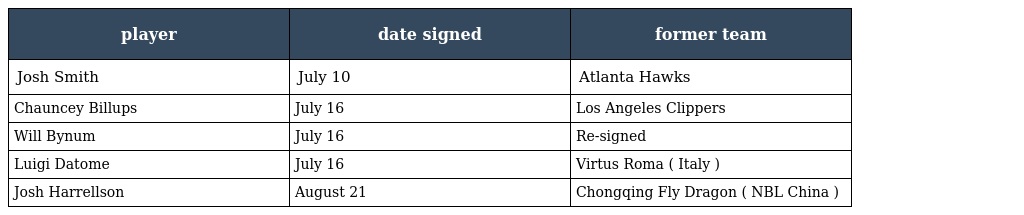
| player | date signed | former team |
 | --- | --- | --- |
 | Josh Smith | July 10 | Atlanta Hawks |
 | Chauncey Billups | July 16 | Los Angeles Clippers |
 | Will Bynum | July 16 | Re-signed |
 | Luigi Datome | July 16 | Virtus Roma ( Italy ) |
 | Josh Harrellson | August 21 | Chongqing Fly Dragon ( NBL China ) |